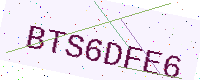
Text: BTS6DFE6